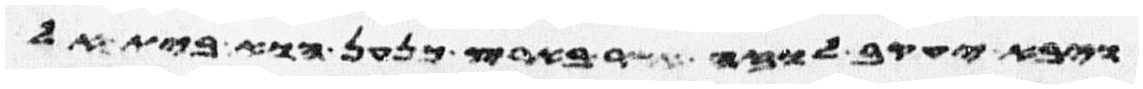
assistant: ויבא יעקב לוזה אשר בארץ כנען הוא בית אל